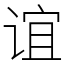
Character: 谊